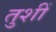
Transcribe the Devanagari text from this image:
तुशीं